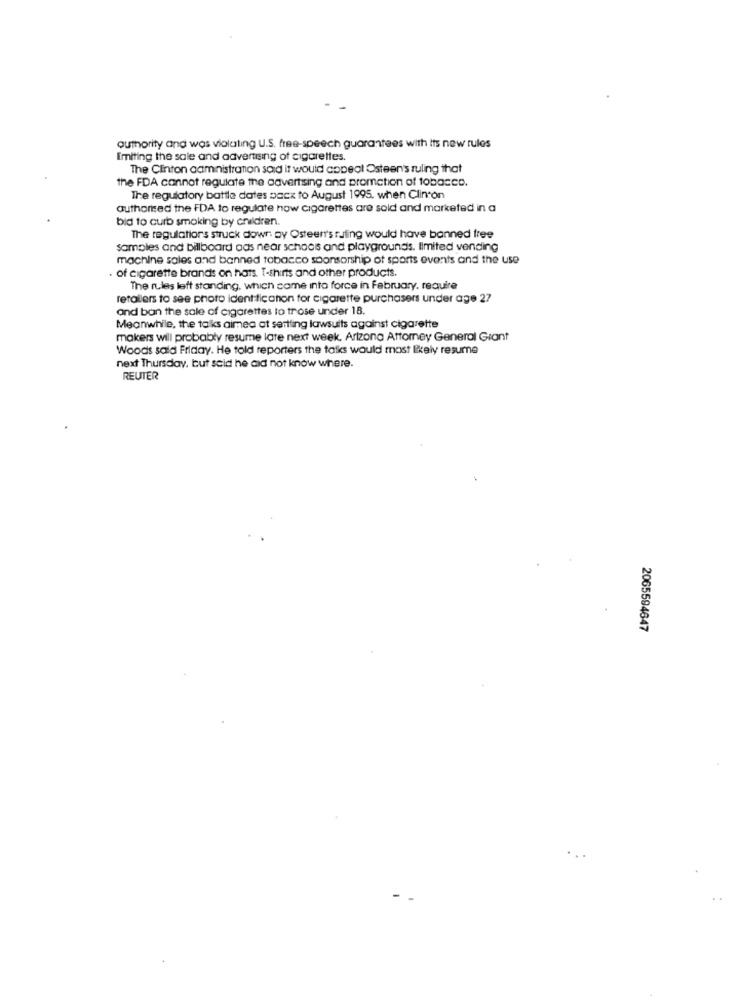
authority and was violating U.S. free-speech guarantees with its new rules
Imiting the sale and advertising of cigarettes.
The Clinton administration said it would copeal Osteen's ruling that
the FDA cannot regulate the advertising and promotion of tobacco.
The regulatory battle dates back to August 1995. when Clinton
authorised the FDA to regulate how cigarettes are sold and marketed in a
bid to curb smoking by children.
The regulations struck down ay Osteenr's ruling would have banned free
samples and billboard aas near schaos and playgrounds. limited vending
machine sales and banned tabacco sponsorship of sports events and the use
. of cigarette brands on hats. T-shirts and other products.
The rules left standing, which came into force in February, require
retailers to see photo identification for cigarette purchasers under age 27
and ban the sale of cigarettes lo trose under 18.
Meanwhile, the talks aimea at sertling lawsuits against cigarette
makers will probably resume late next week, Arizona Attorney General Giant
Woods sala Friday. He told reporters the talks would most likely resume
next Thursday, but seid he did not know where.
REUTER
2065594647